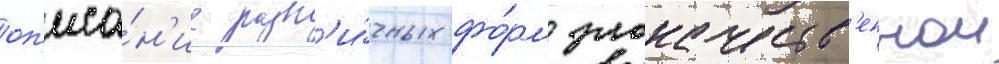
оп'иса́н'ие разл'и́чных фо́рм злокачеств'еннои